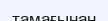
тамағынан